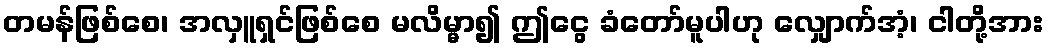
တမန်ဖြစ်စေ၊ အလှူရှင်ဖြစ်စေ မလိမ္မာ၍ ဤငွေ ခံတော်မူပါဟု လျှောက်အံ့၊ ငါတို့အား